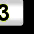
Digit: 3